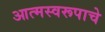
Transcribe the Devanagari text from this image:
आत्मस्वरूपाचे